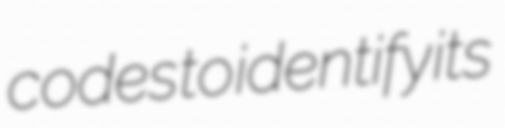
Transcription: codes to identify its